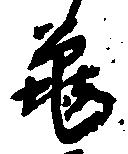
亀